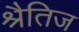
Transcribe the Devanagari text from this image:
श्रैतिज